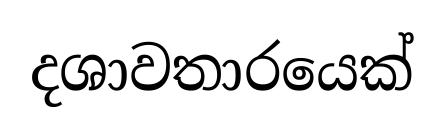
දශාවතාරයෙක්